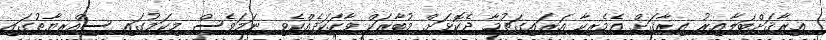
ޢިރާޤަށްބަލާއިރު ޢިރާޤަށް އެމެރިކާ އަރައިގަތުމާ ދެކޮޅަށް މުބާރަކް ވާހަކަދެއްކެވި ނަމަވެސް މިކަމުގައި ސިއްރިޔާތުގައި